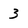
Character: 3